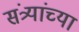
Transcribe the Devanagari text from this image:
संत्र्यांच्या